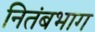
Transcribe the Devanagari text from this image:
नितंबभाग